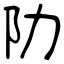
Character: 阞